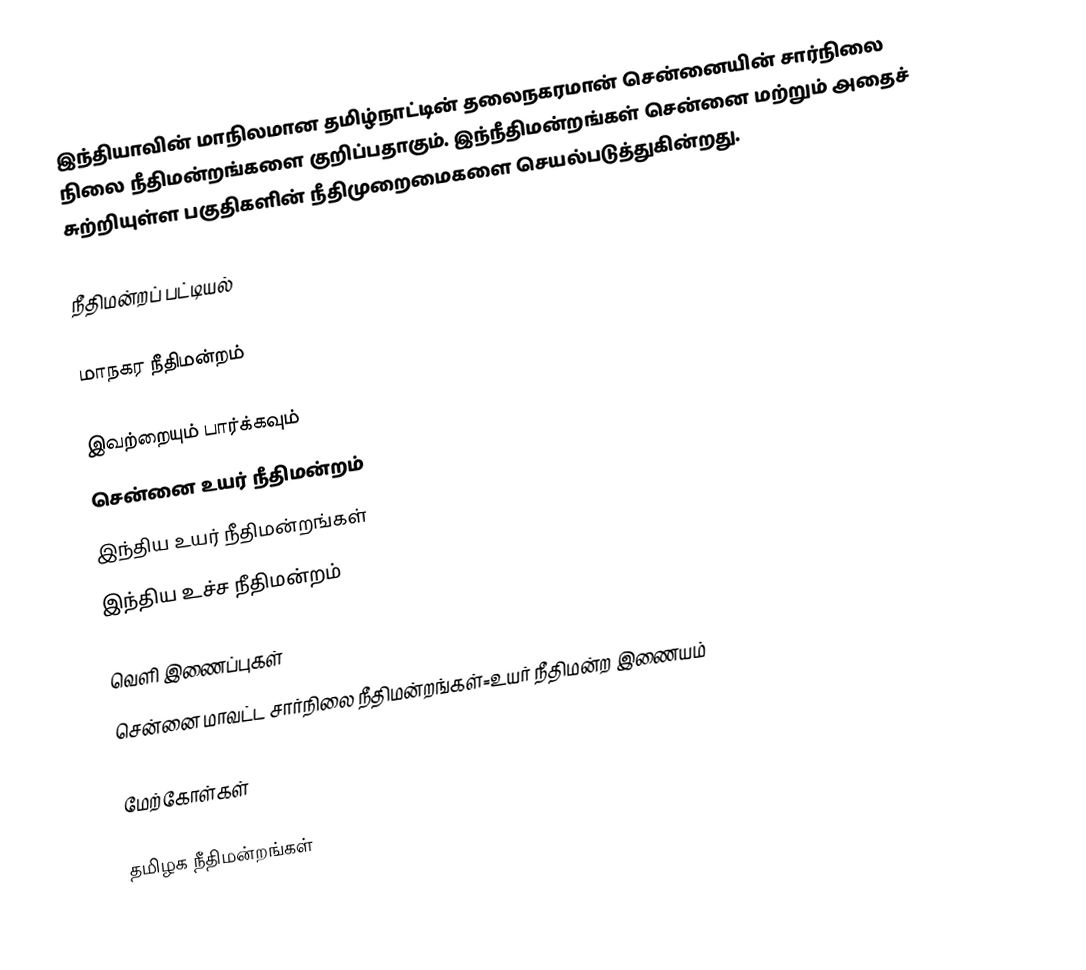
இந்தியாவின் மாநிலமான தமிழ்நாட்டின் தலைநகரமான் சென்னையின் சார்நிலை நிலை நீதிமன்றங்களை குறிப்பதாகும். இந்நீதிமன்றங்கள் சென்னை மற்றும் அதைச் சுற்றியுள்ள பகுதிகளின் நீதிமுறைமைகளை செயல்படுத்துகின்றது.

நீதிமன்றப் பட்டியல்

மாநகர நீதிமன்றம்

இவற்றையும் பார்க்கவும்
சென்னை உயர் நீதிமன்றம்
இந்திய உயர் நீதிமன்றங்கள்
இந்திய உச்ச நீதிமன்றம்

வெளி இணைப்புகள்
சென்னை மாவட்ட சார்நிலை நீதிமன்றங்கள்=உயர் நீதிமன்ற இணையம்

மேற்கோள்கள்

தமிழக நீதிமன்றங்கள்